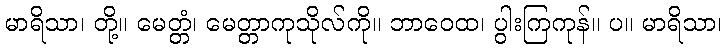
မာရိသာ၊ တို့။ မေတ္တံ၊ မေတ္တာကုသိုလ်ကို။ ဘာဝေထ၊ ပွါးကြကုန်။ ပ။ မာရိသာ၊